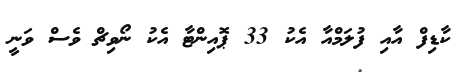
ކާޑިފް އާއި ފުލަމްއާ އެކު 33 ޕޮއިންޓާ އެކު ނޯވިޗް ވެސް ވަނީ